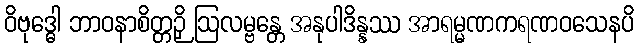
ဝိဗုဒ္ဓေါ ဘာဝနာစိတ္တဉှိ ဩလမ္ဗန္တေ အနုပါဒိန္နဿ အာရမ္မဏကရဏဝသေနပိ